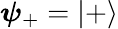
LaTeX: {\boldsymbol{\psi}}_{+}=|+\rangle